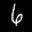
Label: 6